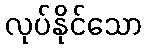
လုပ်နိုင်သော